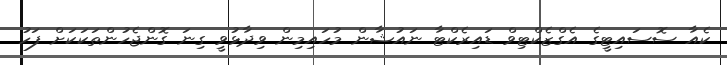
ކެއާ ސޮސައިޓީގެ އެގްޒެކްޓިވް ޑައިރެކްޓާ ނައުޝާން މުހައިމިން ވިދާޅުވީ ގިނަ ގޮންޖެހުންތަކަކަށް ފަހު